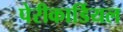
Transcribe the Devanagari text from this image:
पेरीकार्डियल